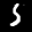
Label: 5